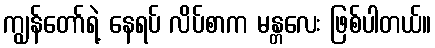
ကျွန်တော်ရဲ့ နေရပ် လိပ်စာက မန္တလေး ဖြစ်ပါတယ်။